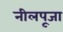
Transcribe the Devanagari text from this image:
नीलपूजा